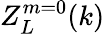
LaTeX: Z_{L}^{m=0}(k)